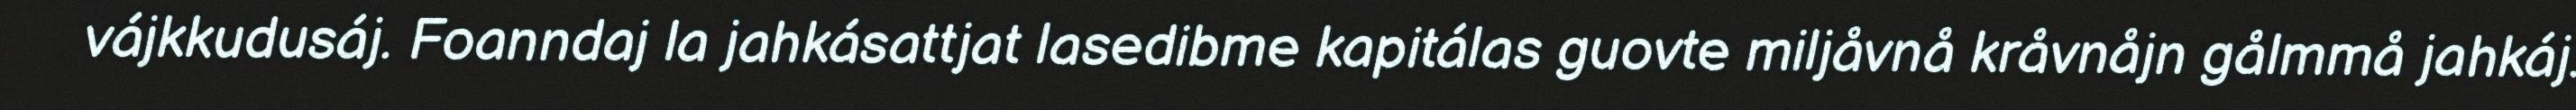
vájkkudusáj. Foanndaj la jahkásattjat lasedibme kapitálas guovte miljåvnå kråvnåjn gålmmå jahkáj.